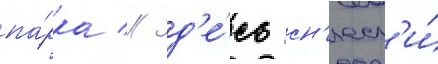
па́рка // Зд'е́сь сн'есл'и́